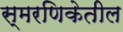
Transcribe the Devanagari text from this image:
स्मरणिकेतील